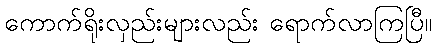
ကောက်ရိုးလှည်းများလည်း ရောက်လာကြပြီ။